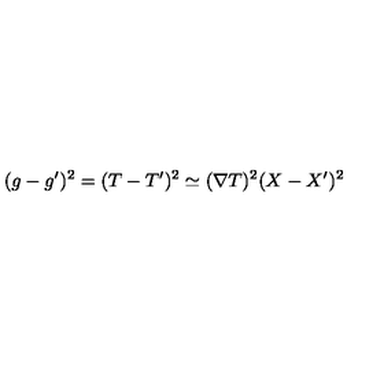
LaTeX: ( g - g ^ { \prime } ) ^ { 2 } = ( T - T ^ { \prime } ) ^ { 2 } \simeq ( \nabla T ) ^ { 2 } ( X - X ^ { \prime } ) ^ { 2 }